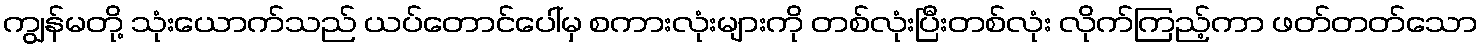
ကျွန်မတို့ သုံးယောက်သည် ယပ်တောင်ပေါ်မှ စကားလုံးများကို တစ်လုံးပြီးတစ်လုံး လိုက်ကြည့်ကာ ဖတ်တတ်သော